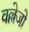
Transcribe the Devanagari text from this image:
वल्लेजो